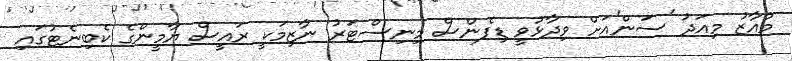
މުއާޒު މިއަދު 'ސަން'އަށް ވިދާޅުވީ ޑިފެންސް މިނިސްޓަރު ނާޒިމަކީ ރައީސް ޔާމީންގެ ކެބިނެޓުގައި